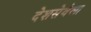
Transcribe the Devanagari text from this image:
देशसेवेला